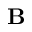
\textbf { B }